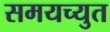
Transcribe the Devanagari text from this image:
समयच्युत